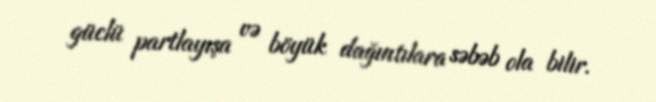
güclü partlayışa və böyük dağıntılara səbəb ola bilir.